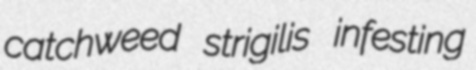
catchweed strigilis infesting